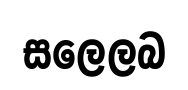
සලෙලබ